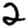
Digit: 2